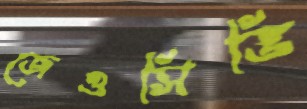
জেওসিভি